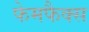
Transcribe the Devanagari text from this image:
फेमफैक्स